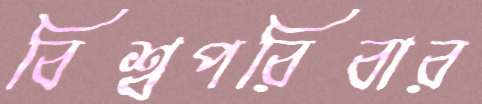
বিশ্বপরিবার